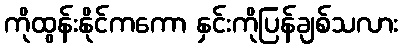
ကိုထွန်းနိုင်ကကော နှင်းကိုပြန်ချစ်သလား